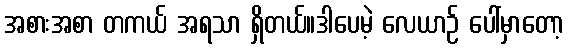
အစားအစာ တကယ် အရသာ ရှိတယ်။ဒါပေမဲ့ လေယာဉ် ပေါ်မှာတော့